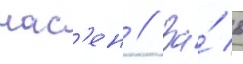
нас'ен // За́ 6